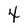
Character: 4